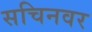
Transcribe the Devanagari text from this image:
सचिनवर